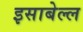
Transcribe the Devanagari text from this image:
इसाबेल्ल